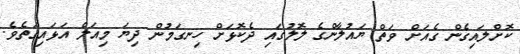
ކޮށްލައިގެން ގެއަށް ވަތް ޔައުލާންގެ ލޮލުގައި ދެކޮޅަށް ހިނގަމުން ދިޔަ މިއަލް އަޅައިގަތެވެ.